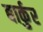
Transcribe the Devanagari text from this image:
बार्कुर